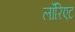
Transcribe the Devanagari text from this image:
लॉरिएट